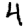
Digit: 4